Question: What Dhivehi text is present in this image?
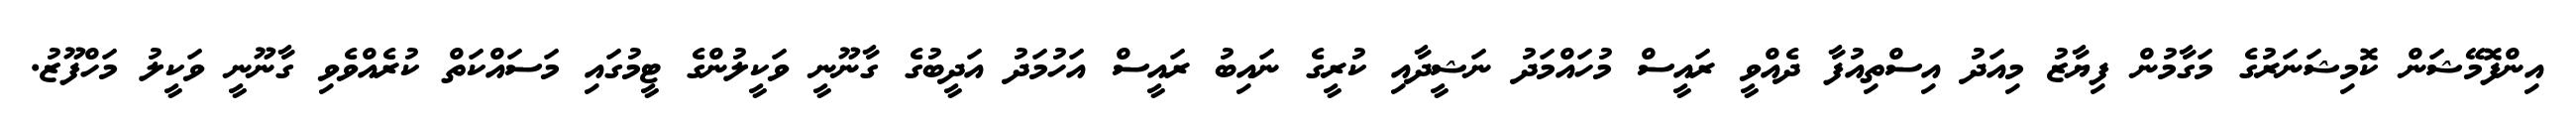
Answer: އިންފޮމޭޝަން ކޮމިޝަނަރުގެ މަގާމުން ފިޔާޒު މިއަދު އިސްތިއުފާ ދެއްވީ ރައީސް މުހައްމަދު ނަޝީދާއި ކުރީގެ ނައިބު ރައީސް އަހުމަދު އަދީބުގެ ގާނޫނީ ވަކީލުންގެ ޓީމުގައި މަސައްކަތް ކުރެއްވެވި ގާނޫނީ ވަކީލު މަހްފޫޒު.